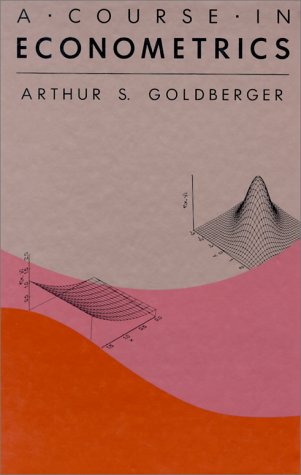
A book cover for A Course in Econometrics; Arthur S. Goldberger; Business & Money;